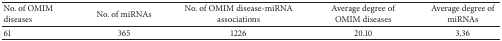
| No. of OMIM diseases | No. of miRNAs | No. of OMIM disease-miRNA associations | Average degree of OMIM diseases | Average degree of miRNAs |
 | --- | --- | --- | --- | --- |
 | 61 | 365 | 1226 | 20.10 | 3.36 |